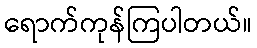
ရောက်ကုန်ကြပါတယ်။